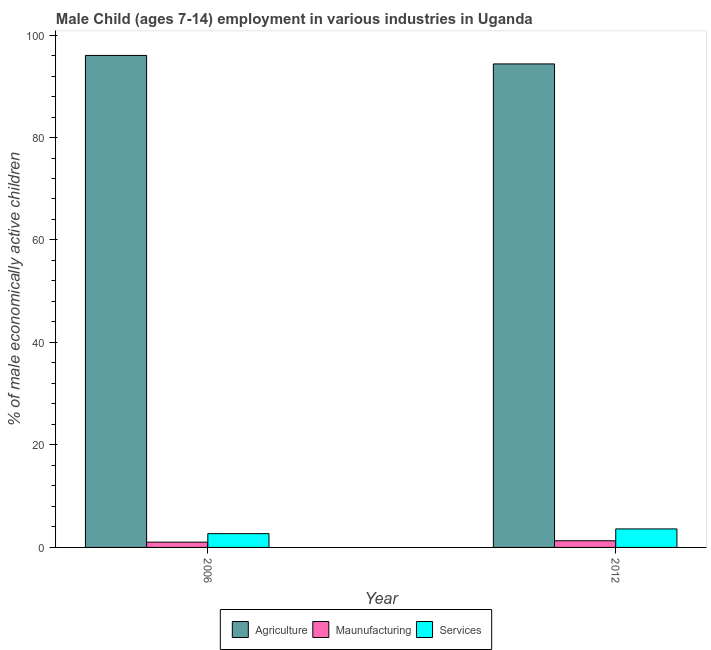
| Year | Agriculture | Maunufacturing | Services |
 | --- | --- | --- | --- |
 | 2006 | 96 | 1.03 | 2.69 |
 | 2012 | 94.4 | 1.3 | 3.61 |